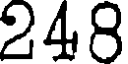
248